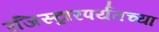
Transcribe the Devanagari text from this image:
रजिस्ट्रारपर्यंतच्या